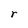
Character: r